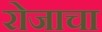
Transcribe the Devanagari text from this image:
रोजाचा